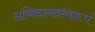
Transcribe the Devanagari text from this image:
सच्चिदानंदस्वरूपं